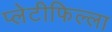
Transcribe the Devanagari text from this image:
प्लेटीफिल्ला